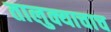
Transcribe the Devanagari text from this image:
तालुक्याचाच